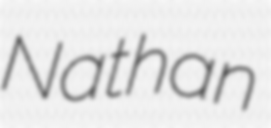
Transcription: Nathan